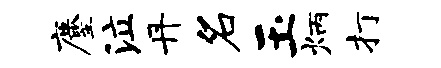
麈泣丹名玉炳打